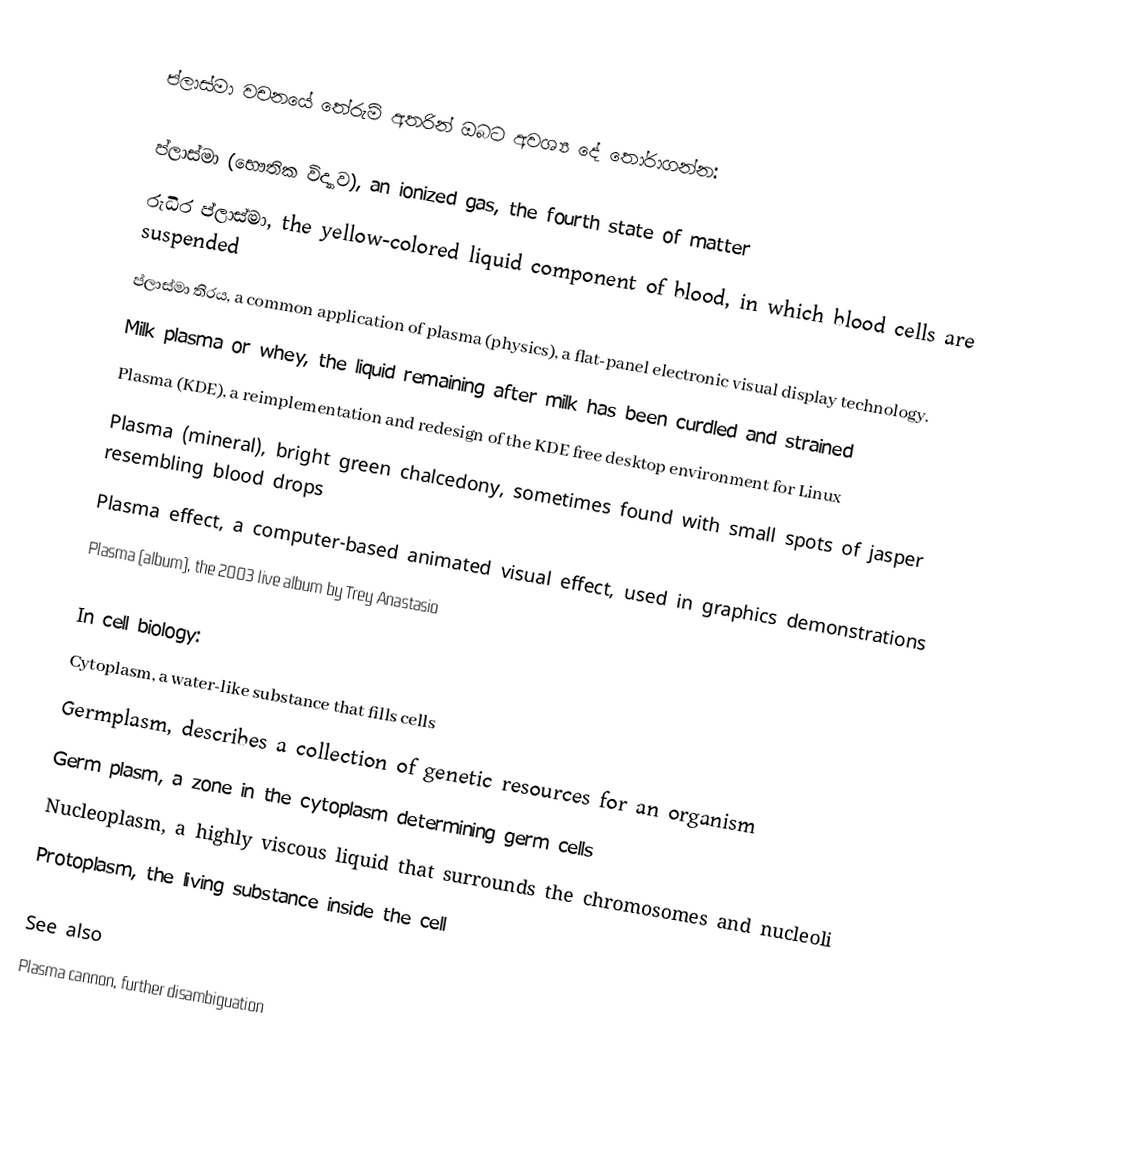
ප්ලාස්මා වචනයේ තේරුම් අතරින් ඔබට අවශ්‍ය දේ තෝරාගන්න:

 ප්ලාස්මා (භෞතික විද්‍යාව), an ionized gas, the fourth state of matter
 රුධිර ප්ලාස්මා, the yellow-colored liquid component of blood, in which blood cells are suspended
 ප්ලාස්මා තිරය, a common application of plasma (physics), a flat-panel electronic visual display technology.
 Milk plasma or whey, the liquid remaining after milk has been curdled and strained
 Plasma (KDE), a reimplementation and redesign of the KDE free desktop environment for Linux
 Plasma (mineral), bright green chalcedony, sometimes found with small spots of jasper resembling blood drops
 Plasma effect, a computer-based animated visual effect, used in graphics demonstrations
 Plasma (album), the 2003 live album by Trey Anastasio

In cell biology:
 Cytoplasm, a water-like substance that fills cells
 Germplasm, describes a collection of genetic resources for an organism
 Germ plasm, a zone in the cytoplasm determining germ cells
 Nucleoplasm, a highly viscous liquid that surrounds the chromosomes and nucleoli
 Protoplasm, the living substance inside the cell

See also
 Plasma cannon, further disambiguation